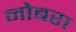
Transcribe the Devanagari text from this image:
नोबरा